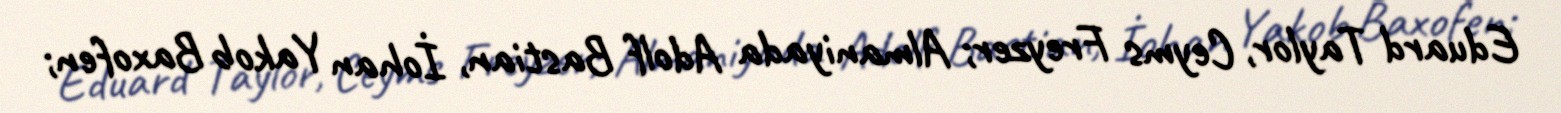
Eduard Taylor, Ceyms Freyzer; Almaniyada Adolf Bastian, İohan Yakob Baxofen;